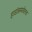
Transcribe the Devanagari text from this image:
हाडांसमवेतच